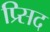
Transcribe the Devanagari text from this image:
प्र्सिद